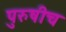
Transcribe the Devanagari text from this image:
पुरुषीच